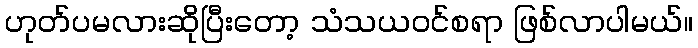
ဟုတ်ပမလားဆိုပြီးတော့ သံသယဝင်စရာ ဖြစ်လာပါမယ်။